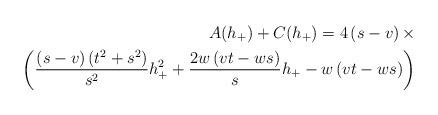
LaTeX: \begin{align*}A(h_{+})+C(h_{+})=4\left( s-v\right) \times \\\left( \dfrac{\left( s-v\right) (t^{2}+s^{2})}{s^{2}}h_{+}^{2}+\dfrac{2w\left( vt-ws\right) }{s}h_{+}-\allowbreak w\left( vt-ws\right) \right) \end{align*}